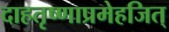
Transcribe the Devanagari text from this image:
दाहतृष्णाप्रमेहजित्‌